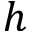
h